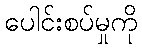
ပေါင်းစပ်မှုကို